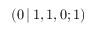
( 0 \, | \, 1 , 1 , 0 ; 1 )